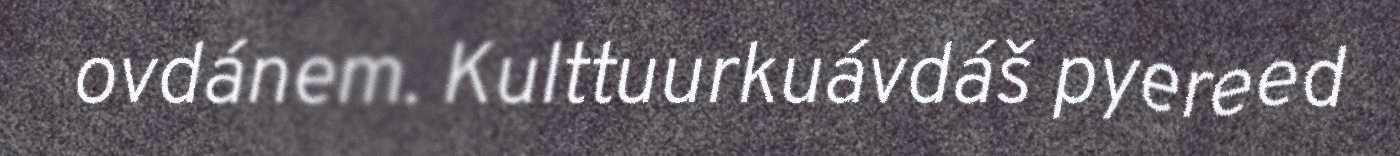
ovdánem. Kulttuurkuávdáš pyereed